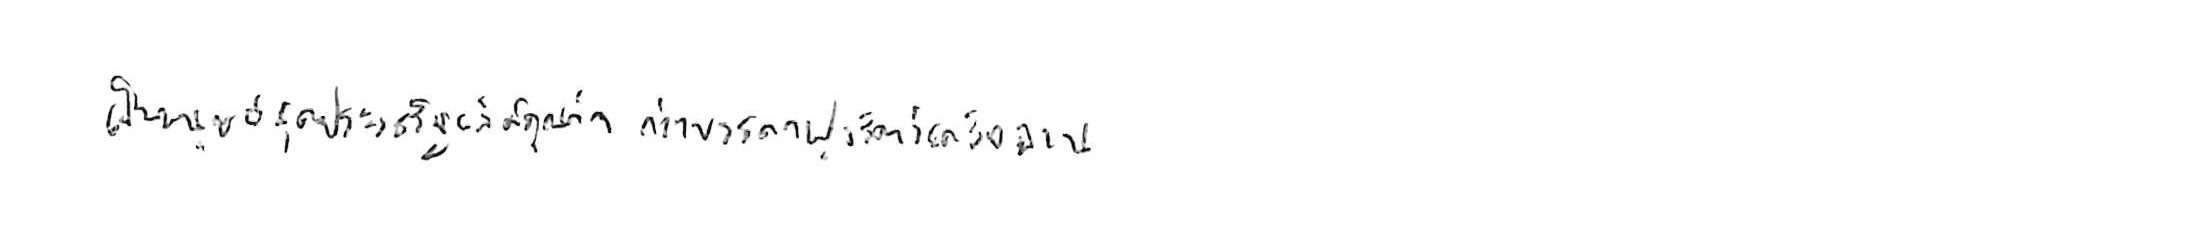
เป็นมนุษย์สุดประเสริฐเลิศคุณค่า กว่าบรรดาฝูงสัตว์เดรัจฉาน